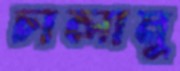
চালামু